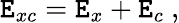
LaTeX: \mathtt{E}_{xc}=\mathtt{E}_{x}+\mathtt{E}_{c}\ ,